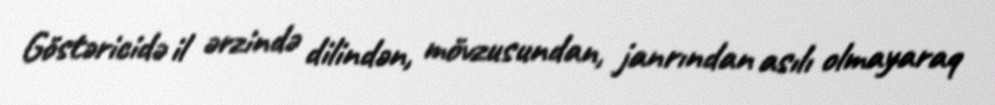
Göstəricidə il ərzində dilindən, mövzusundan, janrından asılı olmayaraq